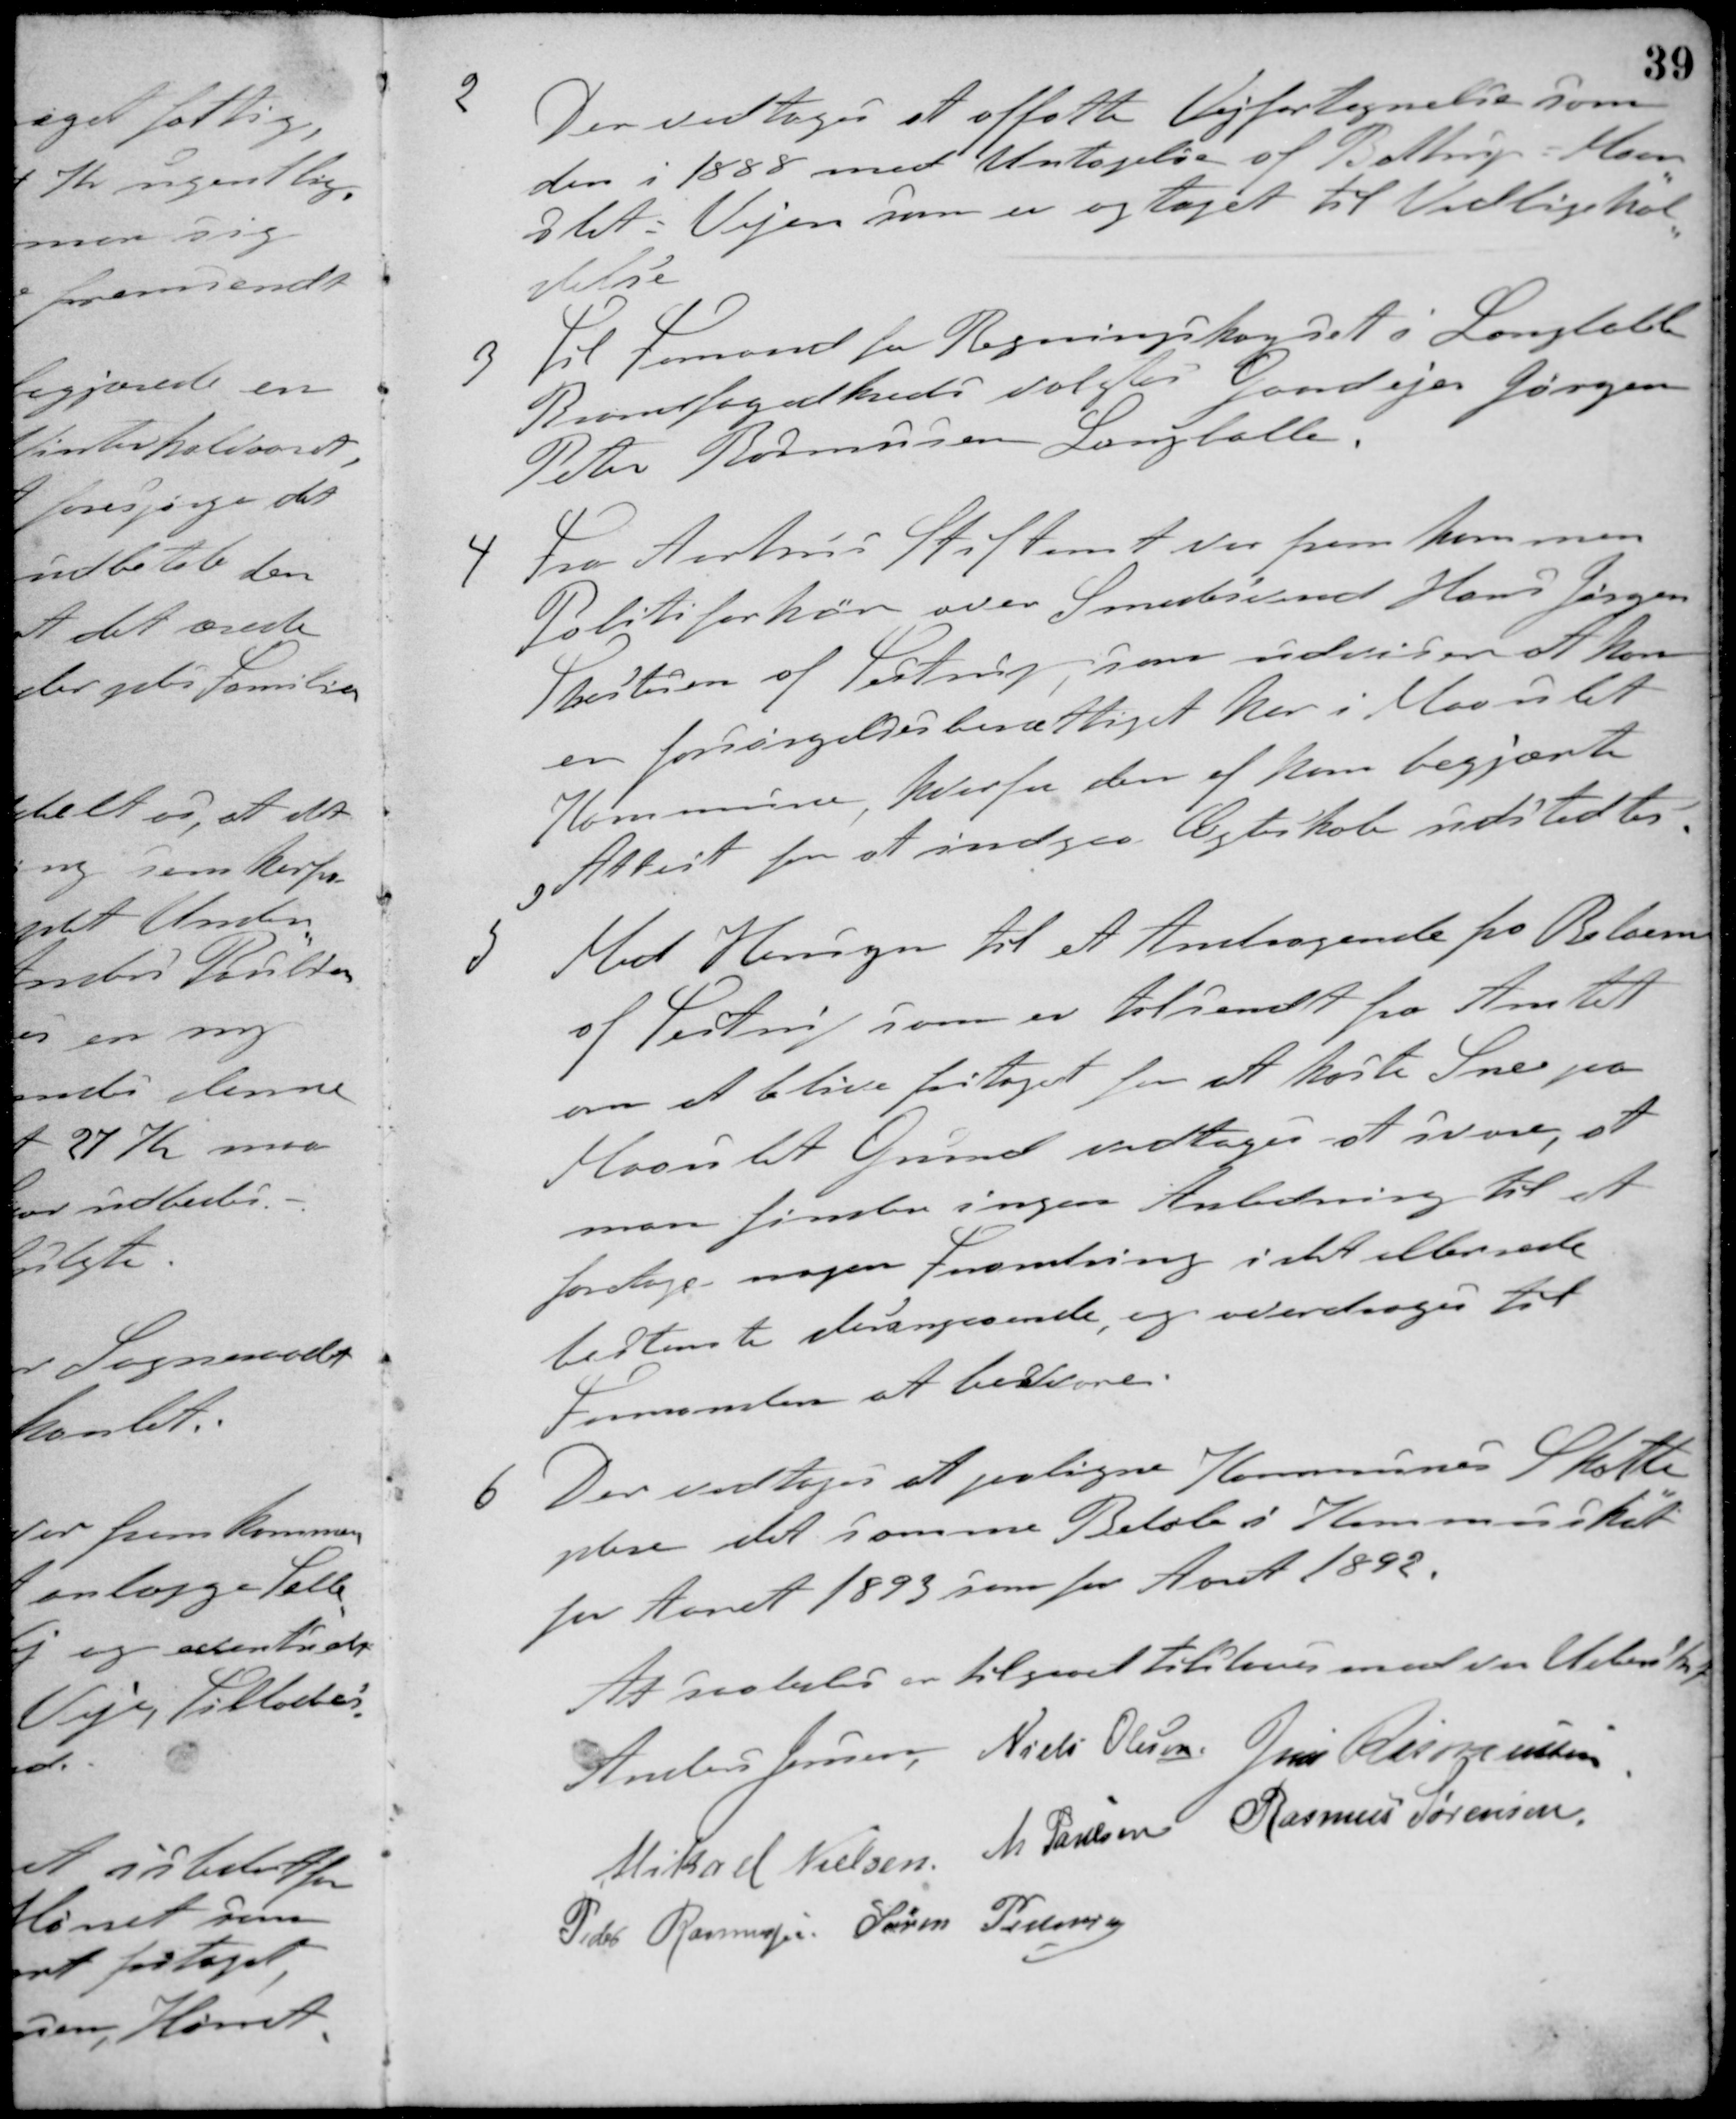
Transskription:
2 Der vedtoges at affatte Vejfortegnelse som
den i 1888 med Untagelse af Battrup-Maar-
slet: Vejen som er optaget til Vedligehol-
delse
3 Til Formand for Regningskorpset i Langballe
Brandfogedkreds valgtes Gaardejer Jørgen
Peter Rasmussen Langballe.
4 Fra Aarhus Stiftamt var fremkommen
Politiforhør over Smedesvend Hans Jørgen
Thestuen af Testrup som udviser at han
er forsørgelsesberettiget her i Maarslet
Kommune, hvorfor den af ham begjærte
Attest for at indgaa Ægteskab udstedtes.
5 Med Hensyn til et Andragende fra Beboerne
af Testrup som er tilsendt fra Amtet
om at blive fritaget for at kaste Sne paa
Maarslet Grund vedtoges at svare, at
man finder ingen Anledning til at
foretage nogen Forandring i det ellerede
bestemte desangaaende, og overdroges til
Formanden at besvare.
6. Der vedtoges at paaligne Kommunes Skatte-
ydere det samme Beløb i Kommuskat
for Aaret 1893 som for Aaret 1892
At saaledes er tilgaaet tilstaaes med vor Underskrift
Anders Jensen Niels Olesen Jens Rasmussen
Mikael Nielsen M. Paulsen Rasmus Sørensen
Peder Rasmussen Søren Pedersen